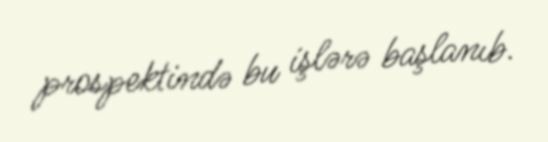
prospektində bu işlərə başlanıb.